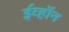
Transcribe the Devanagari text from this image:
ईव्हॉन